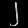
Digit: ၂